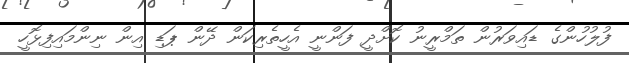
ފުލުހުންގެ ޑައިވަރުން ތަމްރީނު ކޮށްދީ ފަންނީ އެހީތެރިކަން ދޭން ޕަޑި އިން ނިންމައިފިޅޮހީ